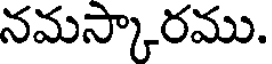
నమస్కారము.